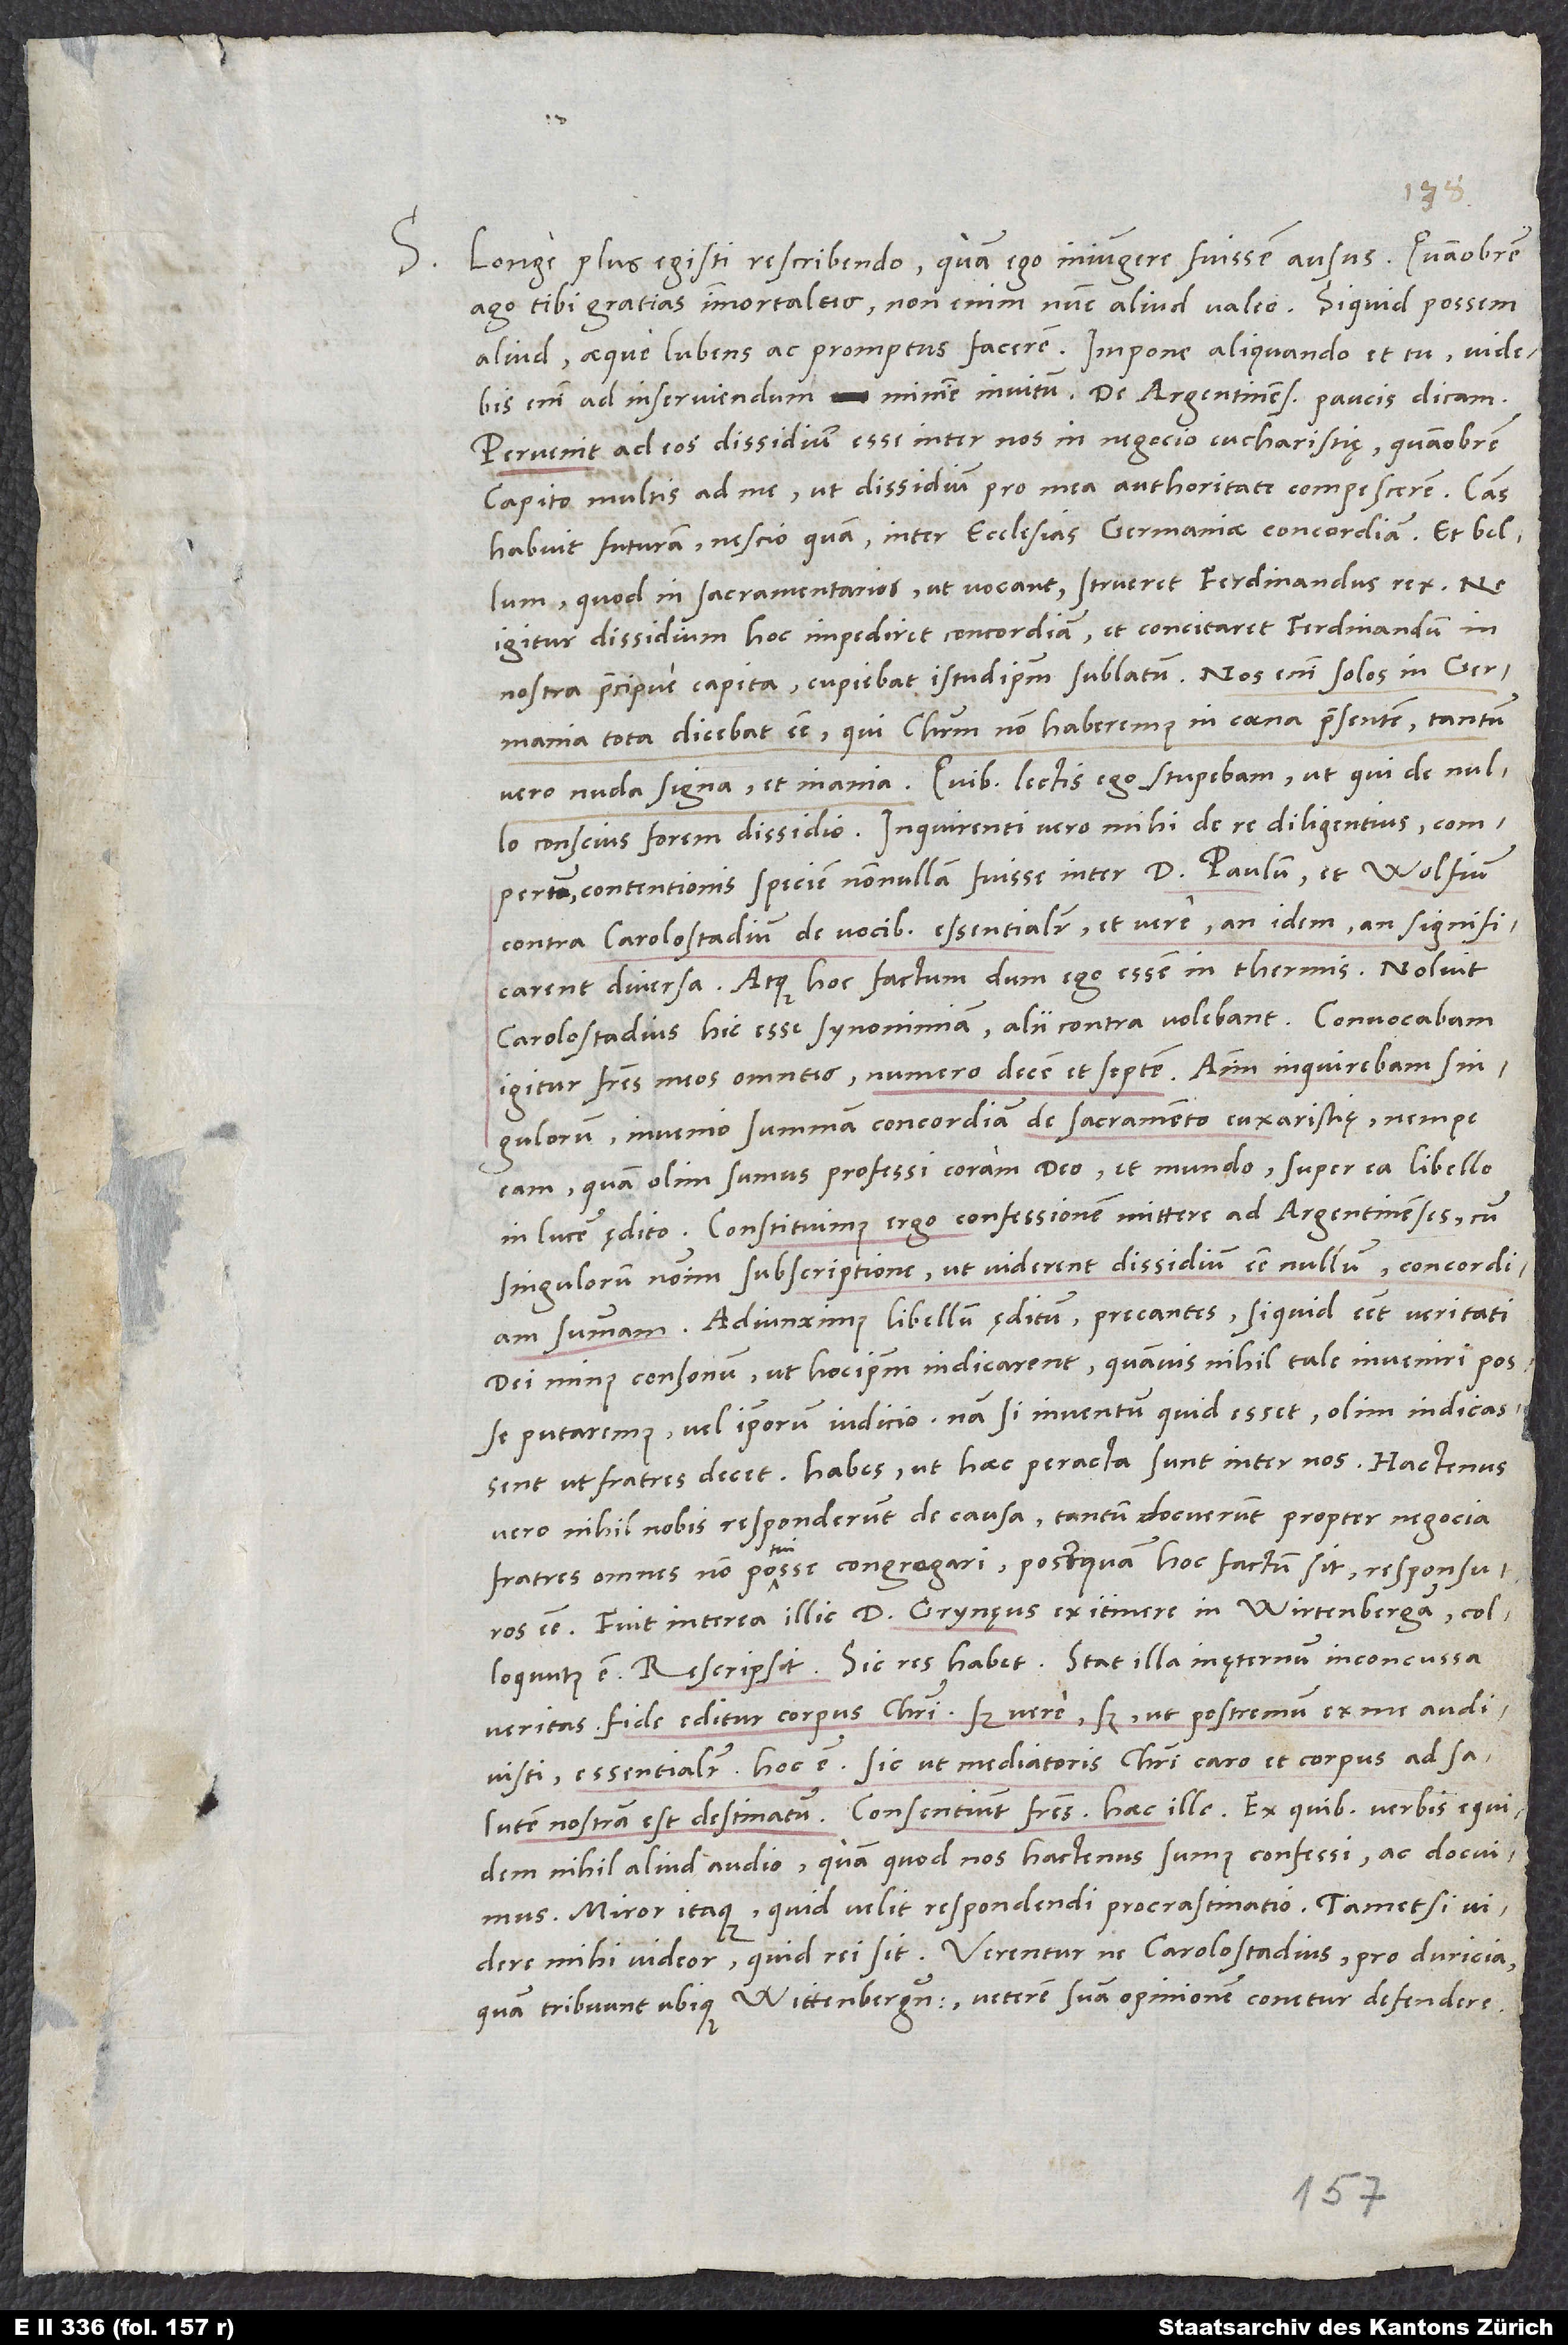
1534.
S. Longe plus egisti rescribendo, quam ego iniungere fuissem ausus. Quamobrem
ago tibi gratias immortaleis . Non enim nunc aliud valeo. Si quid possem
aliud, aeque lubens ac promptus facerem. Impone aliquando et tu. Videbis enim
Pervenit ad eos dissidium esse inter nos in negocio eucharistiae. Quamobrem
Capito multis ad me ut dissidium, pro mea authoritate compescerem. Causas
habuit futuram nescio quam inter ecclesias Germaniae concordiam et bellum,
quod in sacramentarios, ut vocant, strueret Ferdinandus rex. Ne
igitur dissidium hoc impediret concordiam et concitaret Ferdinandum in
nostra praecipue capita, cupiebat istud ipsum sublatum. Nos enim solos in Germania
tota dicebat esse, qui Christum non haberemus in coena praesentem, tantum
vero nuda signa et inania. Quibus lectis ego stupebam, ut qui de nullo
conscius forem dissidio. Inquirenti vero mihi de re diligentius compertum
contentionis speciem nonnullam fuisse inter D. Paulum et Wolfium
contra Carolostadium de vocibus «essentialiter» et «vere», an idem, an significarent
diversa, atque hoc factum, dum ego essem in thermis. Noluit
Carolostadius hic esse synonimiam, alii contra volebant. Convocabam